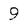
Character: 9